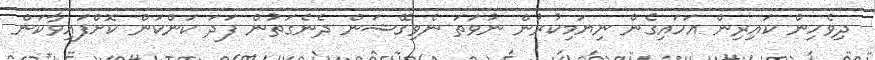
ދިވެހިން ކައިރިން އަހައިގެން ނިޔަމިކުރުން ނުވަތަ ނެވިގޭޝަން ދެނެގަތުން ފަދަ ކަންކަން ކޮށްފައިވާކަން